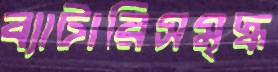
ব্যাটারিসমৃদ্ধ